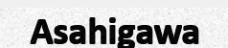
Asahigawa